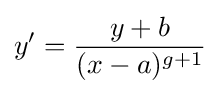
y'={\frac {y+b}{(x-a)^{g+1}}}